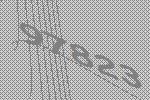
97823